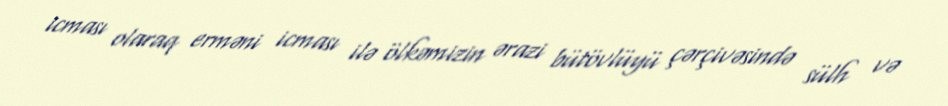
icması olaraq erməni icması ilə ölkəmizin ərazi bütövlüyü çərçivəsində sülh və